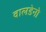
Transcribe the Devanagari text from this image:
वालडेनो